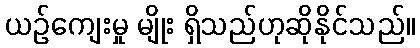
ယဉ်ကျေးမှု မျိုး ရှိသည်ဟုဆိုနိုင်သည်။